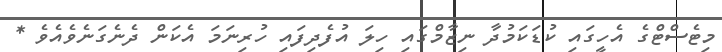
މިޓެސްޓްގެ އެހީގައި ކުޑަކަމުދާ ނިޒާމްގައި ހިލަ އުފެދިފައި ހުރިނަމަ އެކަން ދެނެގަނެވެއެވެ *